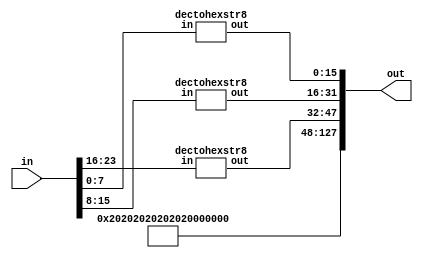
`timescale 1ns / 1ps
//////////////////////////////////////////////////////////////////////////////////
// Company: 
// Engineer: 
// 
// Design Name: 
// Module Name: dectohexstr
// Project Name: 
// Target Devices: 
// Tool Versions: 
// Description: 
// 
// Dependencies: 
// 
// Revision:
// Revision 0.01 - File Created
// Additional Comments:
// 
//////////////////////////////////////////////////////////////////////////////////

module dectohexstr24(
    input [23:0] in,
    output [127:0] out
    );

    assign out[127:48] = "          ";
    dectohexstr8 dectohexstr8lo
        (
        .in(in[7:0]),
        .out(out[15:0])
        );
    dectohexstr8 dectohexstr8mi
        (
        .in(in[15:8]),
        .out(out[31:16])
        );
    dectohexstr8 dectohexstr8hi
        (
        .in(in[23:16]),
        .out(out[47:32])
        );
        
endmodule

module dectohexstr8(
    input [7:0] in,
    output [15:0] out
    );
    wire[3:0] inlo;
    wire[7:4] inhi;
    assign inlo = in[3:0];
    assign inhi = in[7:4];
    
    assign out[7:0] = (inlo == 4'd0) ? "0" :
                      (inlo == 4'd1) ? "1" :
                      (inlo == 4'd2) ? "2" :
                      (inlo == 4'd3) ? "3" :
                      (inlo == 4'd4) ? "4" :
                      (inlo == 4'd5) ? "5" :
                      (inlo == 4'd6) ? "6" :
                      (inlo == 4'd7) ? "7" :
                      (inlo == 4'd8) ? "8" :
                      (inlo == 4'd9) ? "9" :
                      (inlo == 4'd10) ? "A" :
                      (inlo == 4'd11) ? "B" :
                      (inlo == 4'd12) ? "C" :
                      (inlo == 4'd13) ? "D" :
                      (inlo == 4'd14) ? "E" : "F";

    assign out[15:8]= (inhi == 4'd0) ? "0" :
                      (inhi == 4'd1) ? "1" :
                      (inhi == 4'd2) ? "2" :
                      (inhi == 4'd3) ? "3" :
                      (inhi == 4'd4) ? "4" :
                      (inhi == 4'd5) ? "5" :
                      (inhi == 4'd6) ? "6" :
                      (inhi == 4'd7) ? "7" :
                      (inhi == 4'd8) ? "8" :
                      (inhi == 4'd9) ? "9" :
                      (inhi == 4'd10) ? "A" :
                      (inhi == 4'd11) ? "B" :
                      (inhi == 4'd12) ? "C" :
                      (inhi == 4'd13) ? "D" :
                      (inhi == 4'd14) ? "E" : "F";
endmodule